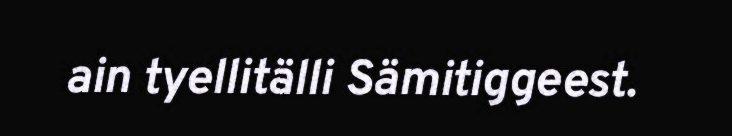
ain tyellitälli Sämitiggeest.